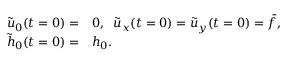
\begin{array} { r l } { \tilde { u } _ { 0 } ( t = 0 ) = } & { { } 0 , \; \; \tilde { u } _ { x } ( t = 0 ) = \tilde { u } _ { y } ( t = 0 ) = \bar { f } , \; \; } \\ { \tilde { h } _ { 0 } ( t = 0 ) = } & { { } h _ { 0 } . } \end{array}